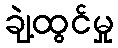
ချဲ့ထွင်မှု